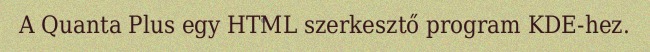
A Quanta Plus egy HTML szerkesztő program KDE-hez.